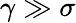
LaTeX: \gamma\gg\sigma